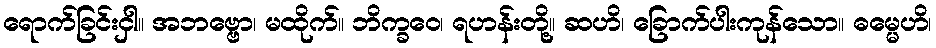
ရောက်ခြင်းငှါ။ အဘဗ္ဗော၊ မထိုက်။ ဘိက္ခဝေ၊ ရဟန်းတို့။ ဆဟိ၊ ခြောက်ပါးကုန်သော။ ဓမ္မေဟိ၊